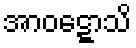
အာဝဋ္ဋောသိ